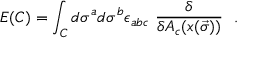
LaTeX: E ( C ) = \int _ { C } d \sigma ^ { a } d \sigma ^ { b } \epsilon _ { a b c } \ \frac { \delta } { \delta A _ { c } ( x ( \vec { \sigma } ) ) } \ \ .